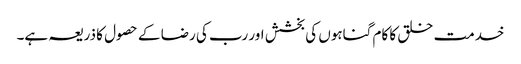
خدمت خلق کا کام گناہوں کی بخشش اور رب کی رضا کے حصول کا ذریعہ ہے۔